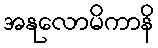
အနုလောမိကာနိ